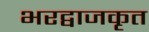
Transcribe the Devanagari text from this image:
भरद्वाजकृत